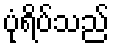
ပုံရိပ်သည်